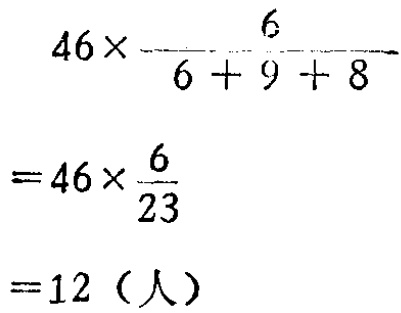
\[

\begin{align*}

&46\times\frac{6}{6 + 9 + 8}\\

=&46\times\frac{6}{23}\\

=&12（人）

\end{align*}

\]